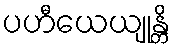
ပဟီယေယျုန္တိ